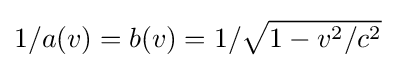
1/a(v)=b(v)=1/{\sqrt {1-v^{2}/c^{2}}}